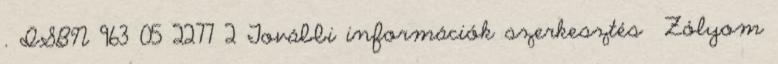
. ISBN 963 05 2277 2 További információk szerkesztés Zólyom